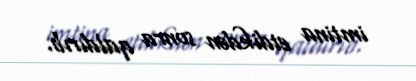
imtina etdikdən sonra qaldırıb.